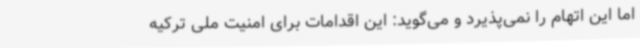
اما این اتهام را نمی‌پذیرد و می‌گوید: این اقدامات برای امنیت ملی ترکیه